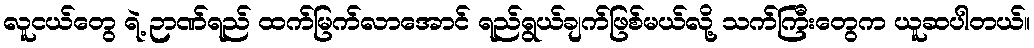
လူငယ်တွေ ရဲ့ ဉာဏ်ရည် ထက်မြက်လာအောင် ရည်ရွယ်ချက်ဖြစ်မယ်လို့ သက်ကြီးတွေက ယူဆပါတယ်။